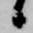
候